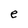
Character: e